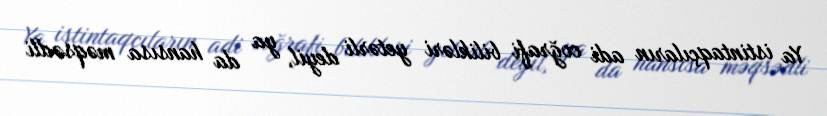
Ya istintaqçıların adi coğrafi bilikləri yetərli deyil, ya da hansısa məqsədli